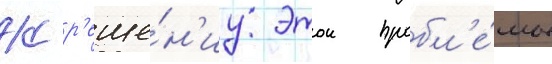
К р'еше́н'иу этои пробл'е́мы